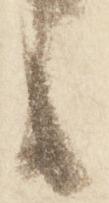
候